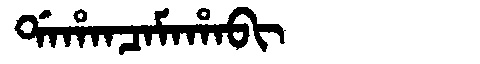
Manchu: ᡩᠠᡥᠠᠨᠴᠠᠮᠠᡥᠠᠪᡳ
Romanization: DAHANCAMAHABI